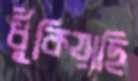
ধুঁকিয়াছি